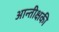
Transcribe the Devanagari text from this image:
आन्तीक्षकी